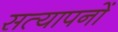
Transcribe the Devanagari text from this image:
सत्यापनों